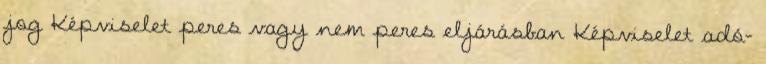
jog Képviselet peres vagy nem peres eljárásban Képviselet adó-